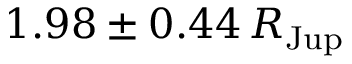
1 . 9 8 \pm 0 . 4 4 \, R _ { \mathrm { J u p } }